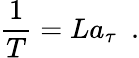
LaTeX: {\frac{1}{T}}=La_{\tau}~~.